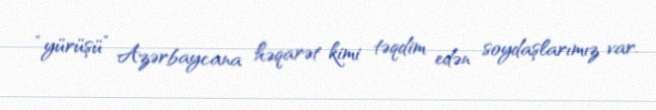
“yürüşü” Azərbaycana həqarət kimi təqdim edən soydaşlarımız var.